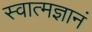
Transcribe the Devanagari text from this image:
स्वात्मज्ञानं